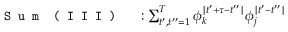
\begin{array} { r l } { \texttt { S u m } \texttt { ( I I I ) } } & { { } : \sum _ { t ^ { \prime } , t ^ { \prime \prime } = 1 } ^ { T } \phi _ { k } ^ { \mid t ^ { \prime } + \tau - t ^ { \prime \prime } \mid } \phi _ { j } ^ { \mid t ^ { \prime } - t ^ { \prime \prime } \mid } } \end{array}